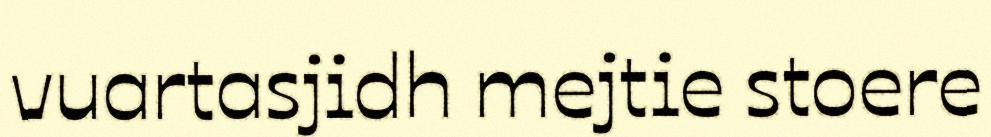
vuartasjidh mejtie stoere